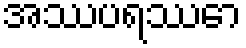
အဿပရဿော